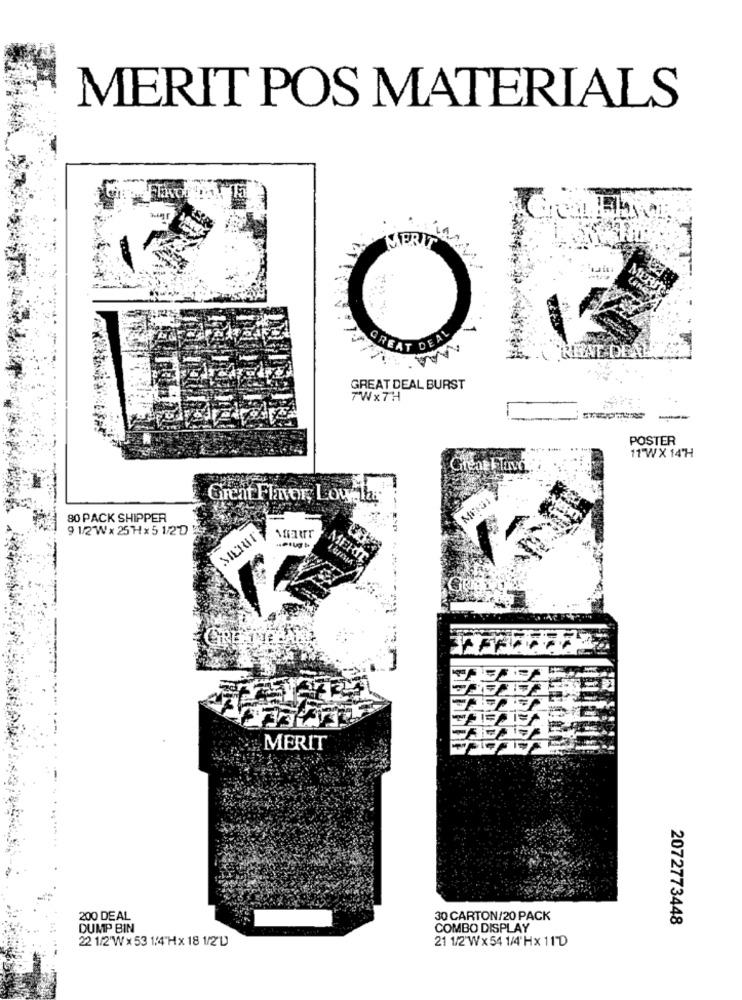
MERIT POS MATERIALS
FRIT
MURST
P -- 4
GREAT DEAL
HAT DEALS
GREAT DEAL BURST
7Wx7H
--
POSTER
11 WX 14H
Great Flavor, Low las
80 PACK SHIPPER
9 1/2 Wx 25Hx512D
MERIT
MERIT
200 DEAL
30 CARTON/20 PACK
2072773448
DUMP BIN
COMBO DISPLAY
22 1/2'Wx53 1/4"Hx 18 1/2'D
21 1/2"Wx54 1/4'Hx 11D